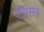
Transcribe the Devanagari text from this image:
योगसत्र